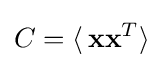
C=\langle \,\mathbf {x} \mathbf {x} ^{T}\rangle